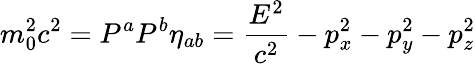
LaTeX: m_{0}^{2}c^{2}=P^{a}P^{b}\eta_{ab}={\frac{E^{2}}{c^{2}}}-p_{x}^{2}-p_{y}^{2}-p_{z}^{2}